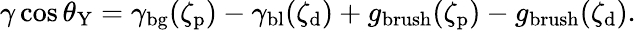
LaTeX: \gamma\cos\theta_{\mathrm{Y}}=\gamma_{\mathrm{bg}}(\zeta_{\mathrm{p}})-\gamma_{\mathrm{bl}}(\zeta_{\mathrm{d}})+g_{\mathrm{brush}}(\zeta_{\mathrm{p}})-g_{\mathrm{brush}}(\zeta_{\mathrm{d}}).